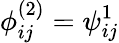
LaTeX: \phi_{ij}^{(2)}=\psi_{ij}^{1}